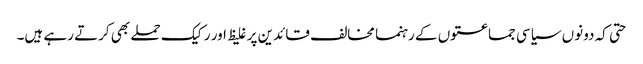
حتی کہ دونوں سیاسی جماعتوں کے رہنما مخالف قائدین پر غلیظ اور رکیک حملے بھی کرتے رہے ہیں۔